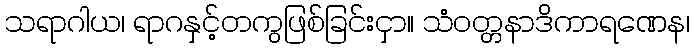
သရာဂါယ၊ ရာဂနှင့်တကွဖြစ်ခြင်းငှာ။ သံဝတ္တနာဒိကာရဏေန၊